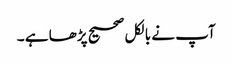
آپ نے بالکل صحیح پڑھا ہے ۔